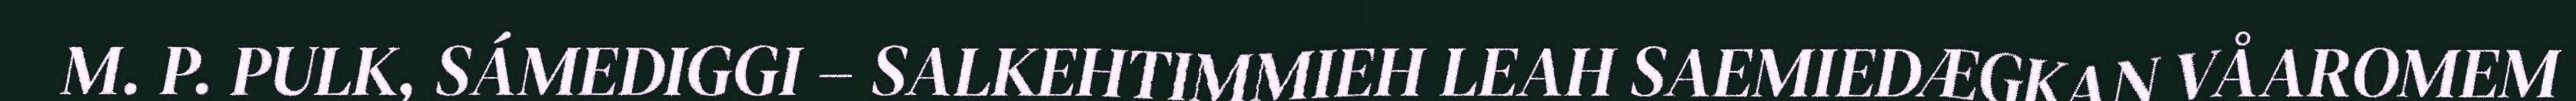
M. P. PULK, SÁMEDIGGI – SALKEHTIMMIEH LEAH SAEMIEDÆGKAN VÅAROMEM